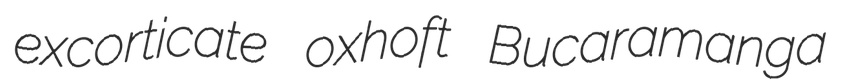
excorticate oxhoft Bucaramanga